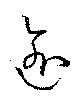
逾